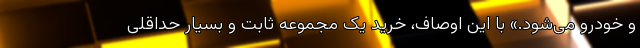
و خودرو می‌شود.» با این اوصاف، خرید یک مجموعه ثابت و بسیار حداقلی